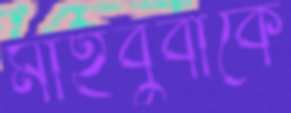
মাহবুবাকে